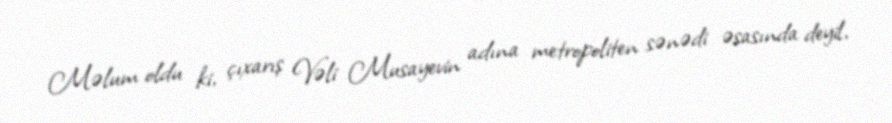
Məlum oldu ki, çıxarış Vəli Musayevin adına metropoliten sənədi əsasında deyil,